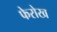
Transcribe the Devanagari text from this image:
फेरोख